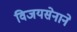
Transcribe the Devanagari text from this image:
विजयसेनाने